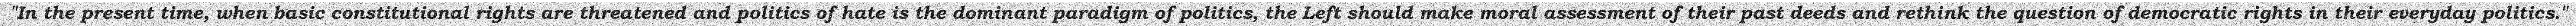
"In the present time, when basic constitutional rights are threatened and politics of hate is the dominant paradigm of politics, the Left should make moral assessment of their past deeds and rethink the question of democratic rights in their everyday politics."